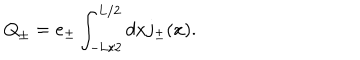
LaTeX: \mathrm { Q } _ { \pm } = e _ { \pm } \int _ { - \mathrm { L } / 2 } ^ { \mathrm { L } / 2 } d x j _ { \pm } ( x ) .